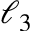
\ell _ { 3 }